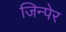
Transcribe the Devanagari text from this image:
जिन्पेर